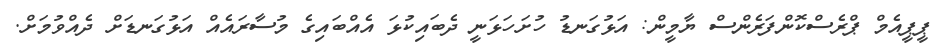
ޕީޕީއެމް ޕްރެސްކޮންފަރެންސް ޔާމީން: އަޅުގަނޑު ހުށަހަޅަނީ ދެބައިކުޅަ އެއްބައިގެ މުސާރައެއް އަޅުގަނޑަށް ދެއްވުމަށް.